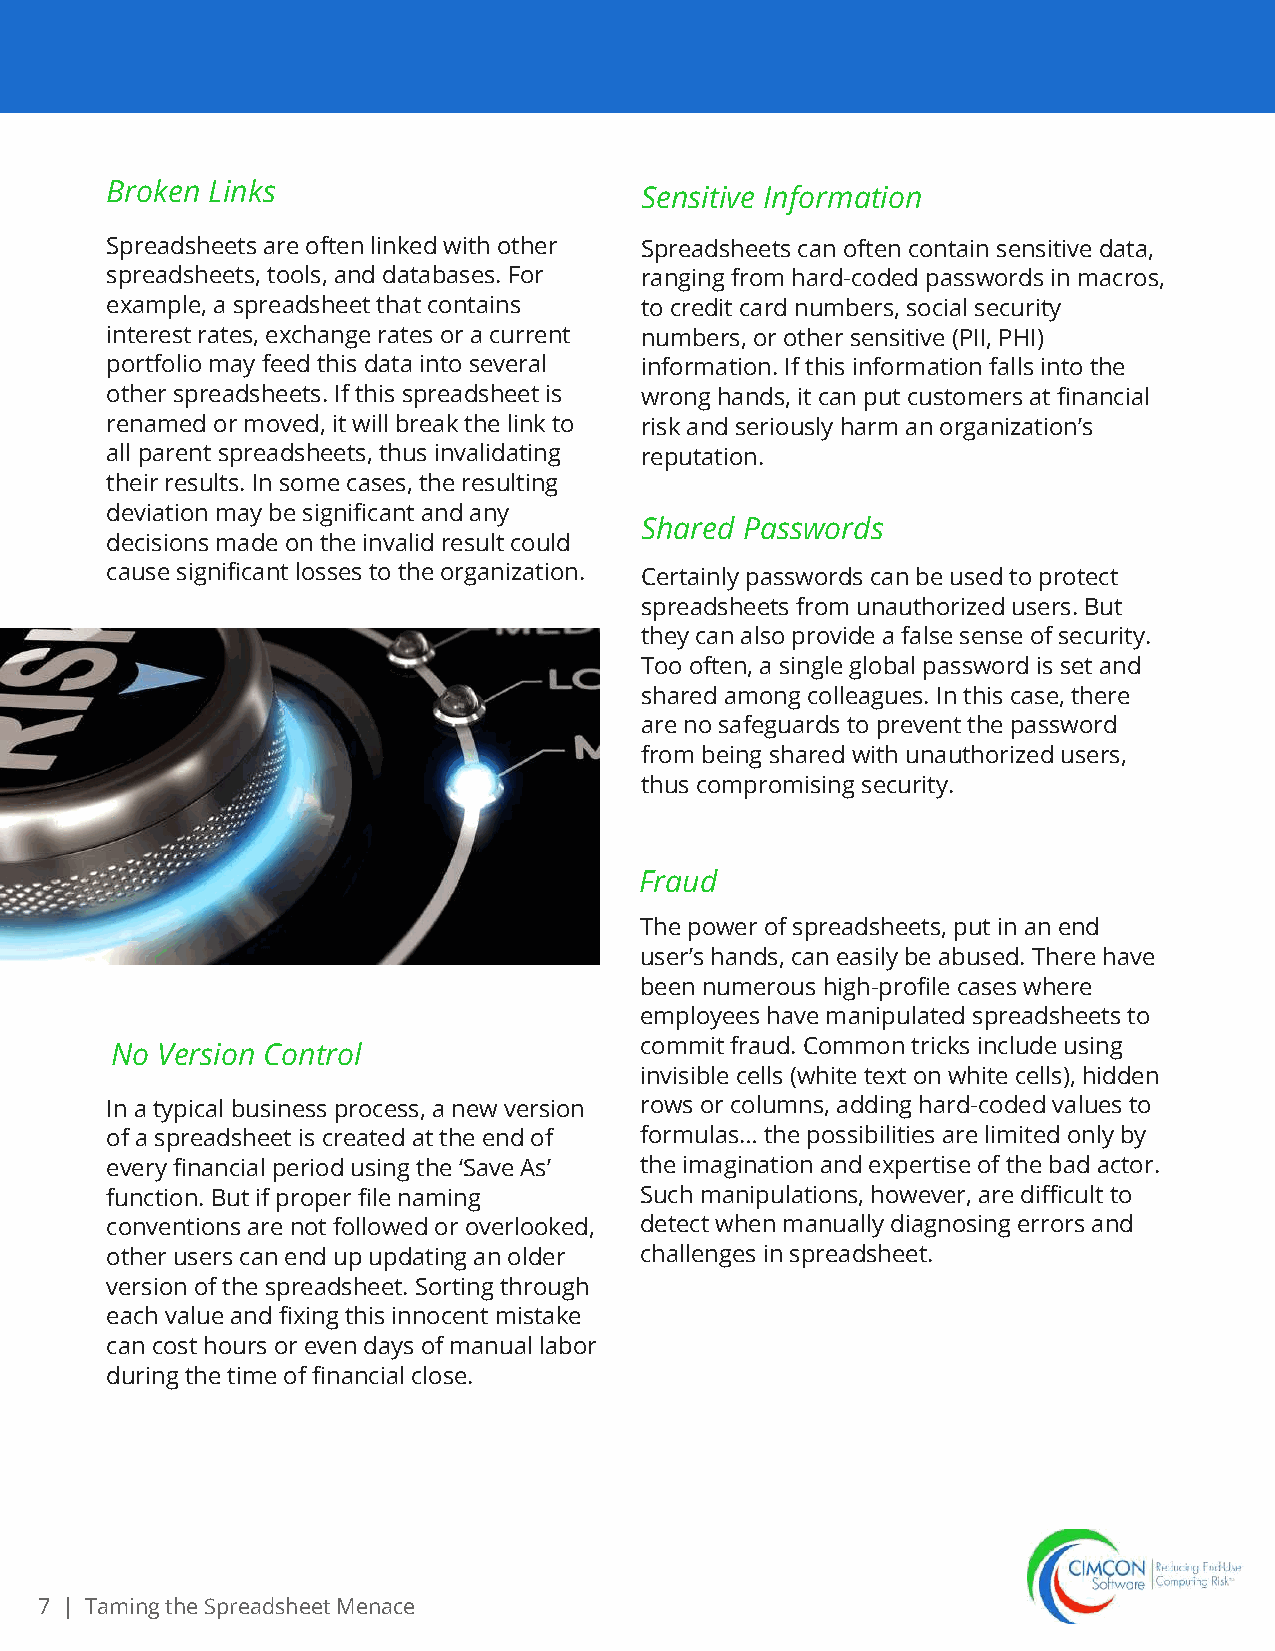
Broken Links                       Sensitive Information
 Spreadsheets are often linked with other Spreadsheets can often contain sensitive data,
 spreadsheets, tools, and databases. For ranging from hard-coded passwords in macros,
 example, a spreadsheet that contains to credit card numbers, social security
 interest rates, exchange rates or a current numbers, or other sensitive (PII, PHI)
 portfolio may feed this data into several information. If this information falls into the
 other spreadsheets. If this spreadsheet is wrong hands, it can put customers at financial
 renamed or moved, it will break the link to risk and seriously harm an organization’s
 all parent spreadsheets, thus invalidating reputation.
 their results. In some cases, the resulting
 deviation may be significant and any
 Shared Passwords
 decisions made on the invalid result could
 cause significant losses to the organization. Certainly passwords can be used to protect
 spreadsheets from unauthorized users. But
 they can also provide a false sense of security.
 Too often, a single global password is set and
 shared among colleagues. In this case, there
 are no safeguards to prevent the password
 from being shared with unauthorized users,
 thus compromising security.
 Fraud
 The power of spreadsheets, put in an end
 user’s hands, can easily be abused. There have
 been numerous high-profile cases where
 employees have manipulated spreadsheets to
 No Version Control                 commit fraud. Common tricks include using
 invisible cells (white text on white cells), hidden
 In a typical business process, a new version rows or columns, adding hard-coded values to
 of a spreadsheet is created at the end of formulas… the possibilities are limited only by
 every financial period using the ‘Save As’ the imagination and expertise of the bad actor.
 function. But if proper file naming Such manipulations, however, are difficult to
 conventions are not followed or overlooked, detect when manually diagnosing errors and
 other users can end up updating an older challenges in spreadsheet.
 version of the spreadsheet. Sorting through
 each value and fixing this innocent mistake
 can cost hours or even days of manual labor
 during the time of financial close.
 7 | Taming the Spreadsheet Menace